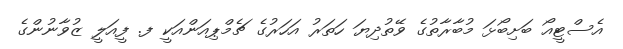
އެސްޓީއޯ ބަށިބޯޅަ މުބާރާތުގެ ވޭތުދިޔަ ހަތަރު އަހަރުގެ ޗެމްޕިއަންއަކީ ފ. ފީއަލީ ޒުވާނުންގެ